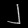
Digit: ၂